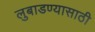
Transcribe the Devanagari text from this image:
लुबाडण्यासाठी